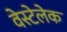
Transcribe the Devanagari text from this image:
वेस्टेलेक